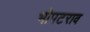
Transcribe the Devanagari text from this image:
भोपटराव